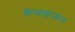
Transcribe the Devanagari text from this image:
लॅन्सडाऊन